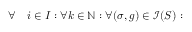
\begin{array} { r l } { \forall } & { { } i \in I : \forall k \in \mathbb { N } : \forall ( \sigma , g ) \in \mathcal { I } ( S ) : } \end{array}